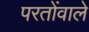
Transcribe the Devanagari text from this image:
परतोंवाले